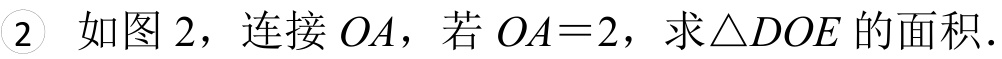
\textcircled{2} 如图 2，连接 \(OA\)，若 \(OA = 2\)，求\(\triangle DOE\)的面积.